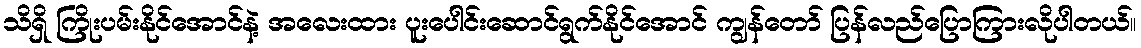
သိရှိ ကြိုးပမ်းနိုင်အောင်နဲ့ အလေးထား ပူးပေါင်းဆောင်ရွက်နိုင်အောင် ကျွန်တော် ပြန်လည်ပြောကြားလိုပါတယ်။